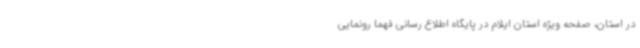
در استان، صفحه ویژه استان ایلام در پایگاه اطلاع رسانی فهما رونمایی